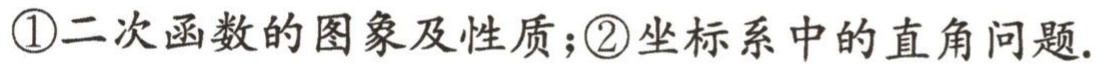
\textcircled{1}二次函数的图象及性质；\textcircled{2}坐标系中的直角问题.